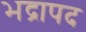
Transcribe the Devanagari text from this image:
भद्रापद